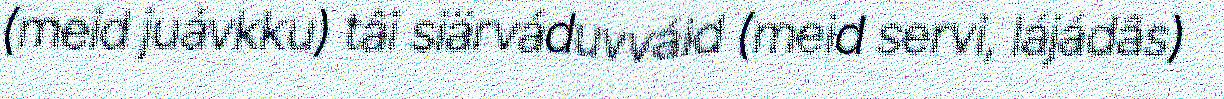
(meid juávkku) tâi siärváduvváid (meid servi, lájádâs)